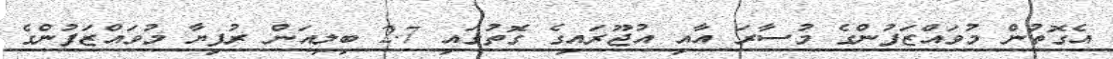
އެގޮތުން މުވައްޒަފުންގެ މުސާރަ އާއި އުޖޫރައިގެ ގޮތުގައި 2.7 ބިލިއަން ރުފިޔާ މުވައްޒަފުންގެ